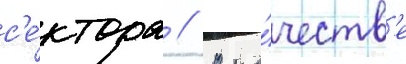
с'е́ктора // В ка́честв'е